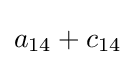
a_{14}+c_{14}